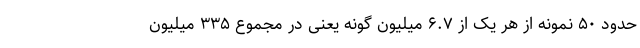
حدود ۵۰ نمونه از هر یک از ۶.۷ میلیون گونه یعنی در مجموع ۳۳۵ میلیون